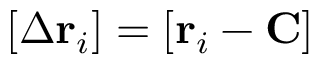
\left[ \Delta \mathbf { r } _ { i } \right] = \left[ \mathbf { r } _ { i } - \mathbf { C } \right]